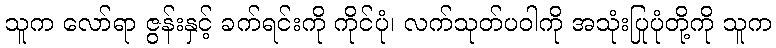
သူက လော်ရာ ဇွန်းနှင့် ခက်ရင်းကို ကိုင်ပုံ၊ လက်သုတ်ပဝါကို အသုံးပြုပုံတို့ကို သူက